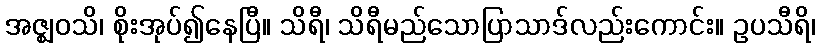
အဇ္ဈဝသိ၊ စိုးအုပ်၍နေပြီ။ သိရီ၊ သိရီမည်သောပြာသာဒ်လည်းကောင်း။ ဥပသီရိ၊